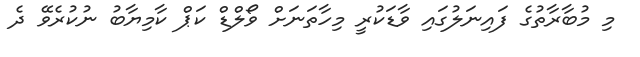
މި މުބާރާތުގެ ފައިނަލުގައި ވާޑަކުރީ މިހާތަނަށް ވޯލްޑް ކަޕް ކާމިޔާބު ނުކުރެވޭ ދެ